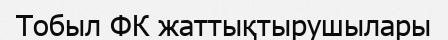
Тобыл ФК жаттықтырушылары